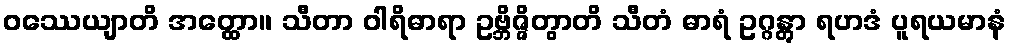
ဝဿေယျာတိ အတ္ထော။ သီတာ ဝါရိဓာရာ ဥဗ္ဘိဇ္ဇိတွာတိ သီတံ ဓာရံ ဥဂ္ဂန္တွာ ရဟဒံ ပူရယမာနံ